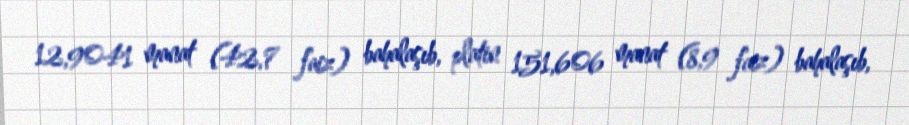
12,9041 manat (42,7 faiz) bahalaşıb, platin 151,606 manat (8,9 faiz) bahalaşıb,